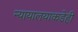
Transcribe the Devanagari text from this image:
न्यायालयाकडेही